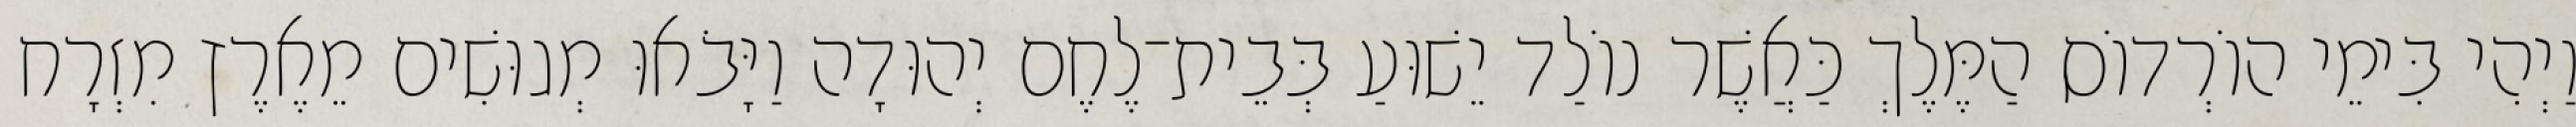
וַיְהִי בִּימֵי הוֹרְדוֹס הַמֶּלֶךְ כַּאֲשֶׁר נוֹלַד יֵשׁוּעַ בְּבֵית־לֶחֶם יְהוּדָה וַיָּבֹאוּ מְגוּשִׁים מֵאֶרֶץ מִזְרָח